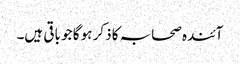
آئندہ صحابہ کا ذکر ہو گا جو باقی ہیں۔